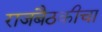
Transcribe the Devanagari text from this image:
राजबैठकीचा